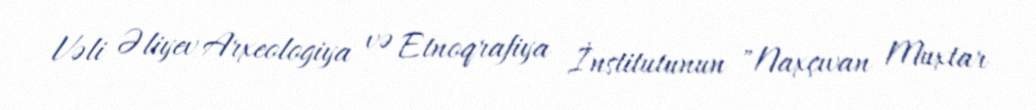
Vəli Əliyev Arxeologiya və Etnoqrafiya İnstitutunun "Naxçıvan Muxtar